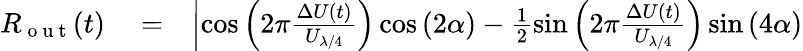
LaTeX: \begin{array}{rlr}{R_{\mathrm{~o~u~t~}}(t)}&{{}=}&{\left|\cos\left(2\pi\frac{\Delta U(t)}{U_{\lambda/4}}\right)\cos\left(2\alpha\right)-\frac{1}{2}\sin\left(2\pi\frac{\Delta U(t)}{U_{\lambda/4}}\right)\sin\left(4\alpha\right)\right.}\end{array}